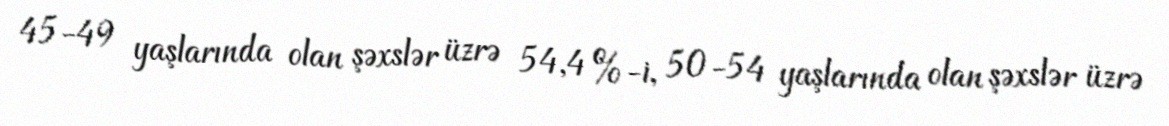
45-49 yaşlarında olan şəxslər üzrə 54,4 %-i, 50-54 yaşlarında olan şəxslər üzrə